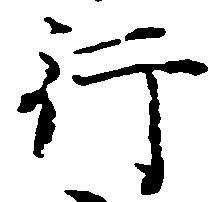
行